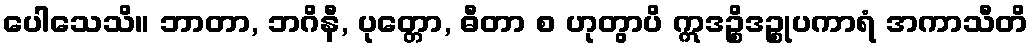
ပေါသေသိ။ ဘာတာ, ဘဂိနီ, ပုတ္တော, ဓီတာ စ ဟုတွာပိ ဣဒဉ္စိဒဉ္စုပကာရံ အကာသီတိ